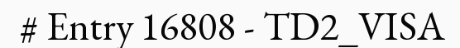
# Entry 16808 - TD2_VISA